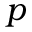
p